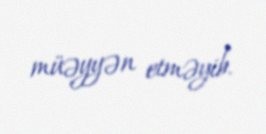
müəyyən etməyib.